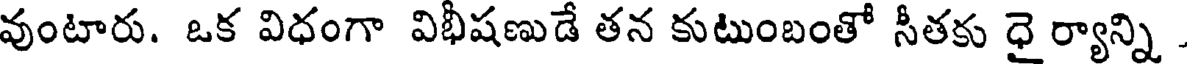
వుంటారు. ఒక విధంగా విభీషణుడే తన కుటుంబంతో సీతకు ధై ర్యాన్ని